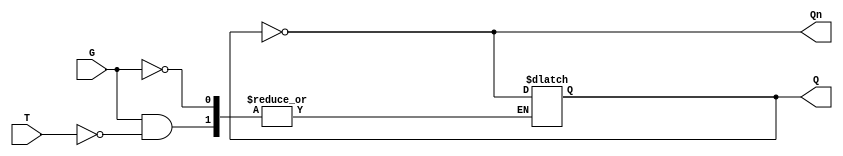
module gated_t_latch (
    input wire T,      // Toggle Input
    input wire G,      // Gate/Enable Signal
    output reg Q,      // Output
    output wire Qn     // Complement of Q
);

// Complement of Q
assign Qn = ~Q;

// Always block to describe the latch behavior
always @ (G or T) begin
    if (G) begin
        if (T) begin
            Q <= ~Q;  // Toggle the state
        end
        // If T is 0, Q remains unchanged
    end
    // If G is 0, Q remains unchanged
end

endmodule